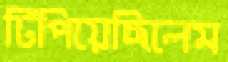
টিপিয়েছিলেম